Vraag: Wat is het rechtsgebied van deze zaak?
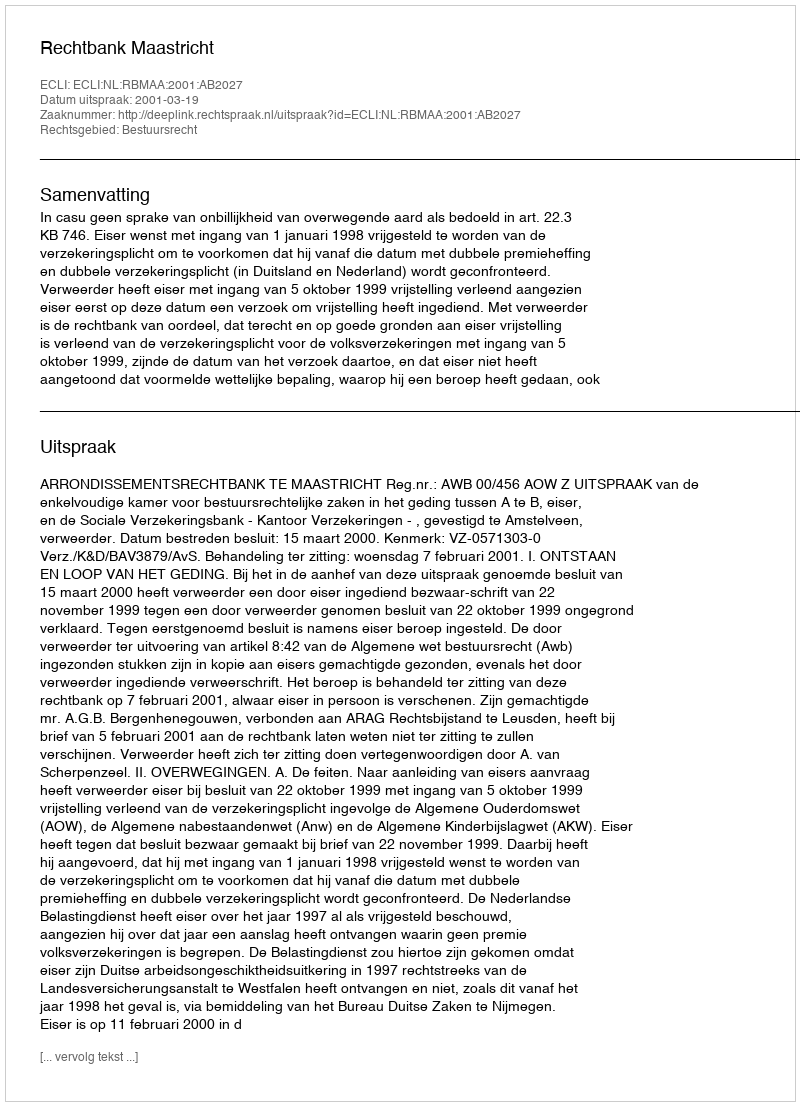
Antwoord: Bestuursrecht